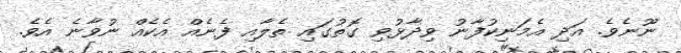
ނޫނެވެ. އަދި އެމަނިކުފާނު ވިދާޅުވި ގޮތުގައި ތެލާއި ފެނެއް އެކެއް ނުވާނެ އެވެ.